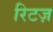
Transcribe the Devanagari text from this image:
रिटज़